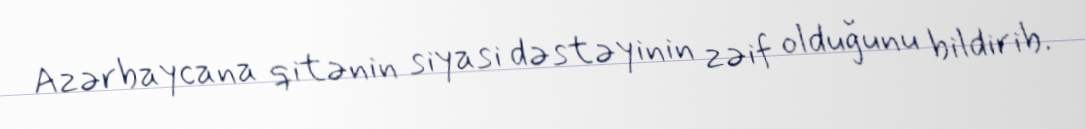
Azərbaycana qitənin siyasi dəstəyinin zəif olduğunu bildirib.